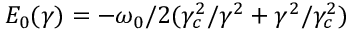
E _ { 0 } ( \gamma ) = - \omega _ { 0 } / 2 ( \gamma _ { c } ^ { 2 } / \gamma ^ { 2 } + \gamma ^ { 2 } / \gamma _ { c } ^ { 2 } )